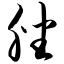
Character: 脞